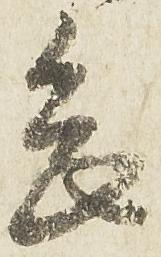
念